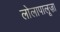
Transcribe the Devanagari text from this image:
लोलापालूज़ा